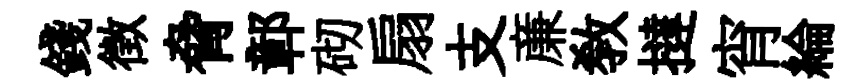
錢徴脅鄣砌扇支亷敎撻宵綸